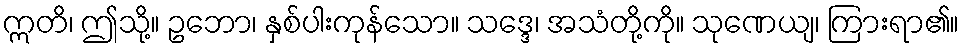
ဣတိ၊ ဤသို့။ ဥဘော၊ နှစ်ပါးကုန်သော။ သဒ္ဒေ၊ အသံတို့ကို။ သုဏေယျ၊ ကြားရာ၏။